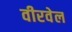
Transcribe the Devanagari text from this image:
वीरवेल